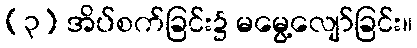
(၃) အိပ်စက်ခြင်း၌ မမွေ့လျော်ခြင်း။